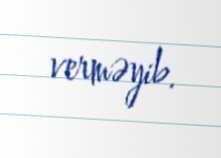
verməyib.